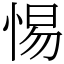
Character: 惕